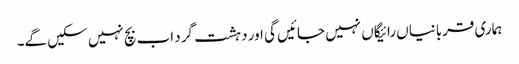
ہماری قربانیاں رائیگاں نہیں جائیں گی اور دہشت گرد اب بچ نہیں سکیں گے۔